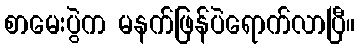
စာမေးပွဲက မနက်ဖြန်ပဲရောက်လာပြီ။